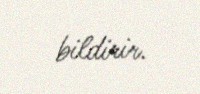
bildirir.